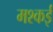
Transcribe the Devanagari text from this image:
मश्कई